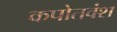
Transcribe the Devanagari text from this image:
कपोतवंश